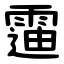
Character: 䨤